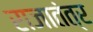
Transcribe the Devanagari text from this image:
राजातंत्र